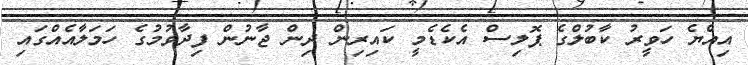
އިއްޔެ ހަވީރު ކާބުލްގެ ޕޮލިސް އެކެޑެމީ ކައިރިން ދިން ޖާނުން ފިދާވުމުގެ ހަމަލާއެއްގައި